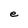
Character: e